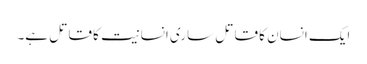
ایک انسان کا قاتل ساری انسانیت کا قاتل ہے۔